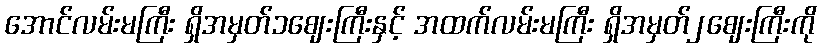
အောင်လမ်းမကြီး ရှိအမှတ်၁ဈေးကြီးနှင့် အထက်လမ်းမကြီး ရှိအမှတ်၂ဈေးကြီးကို